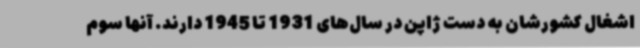
اشغال کشورشان به دست ژاپن در سال‌های 1931 تا 1945 دارند. آنها سوم